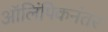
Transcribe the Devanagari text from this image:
ऑलिंपिकनंतर